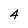
Character: 4